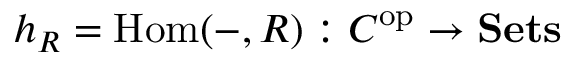
h _ { R } = \operatorname { H o m } ( - , R ) : C ^ { \operatorname { o p } } \to \mathbf { S e t s }